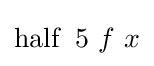
\operatorname {half} \ 5\ f\ x